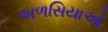
અળસિયાઓ